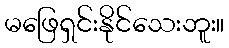
မဖြေရှင်းနိုင်သေးဘူး။